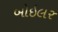
બોઇલર